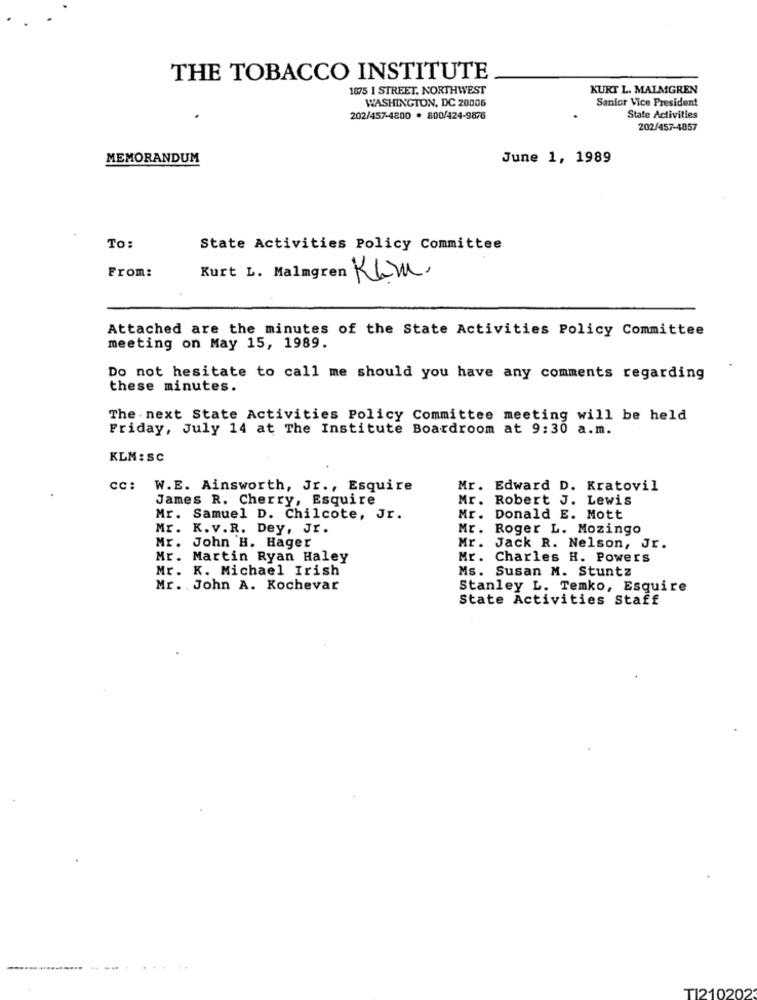
THE TOBACCO INSTITUTE
1875 1 STREET. NORTHWEST
KURT L. MALMGREN
WASHINGTON, DC 20005
Senior Vice President
202/457-4800 · 800/424-9878
State Activities
202/457-4857
MEMORANDUM
June 1, 1989
To:
State Activities Policy Committee
From:
Kurt L. Malmgren Kam.
Attached are the minutes of the State Activities Policy Committee
meeting on May 15, 1989.
Do not hesitate to call me should you have any comments regarding
these minutes.
The . next State Activities Policy Committee meeting will be held
Friday, July 14 at The Institute Boardroom at 9:30 a.m.
KLM : SC
CC:
W.E. Ainsworth, Jr ., Esquire
Mr. Edward D. Kratovil
James R. Cherry, Esquire
Mr. Robert J. Lewis
Mr. Samuel D. Chilcote, Jr.
Mr. Donald E. Mott
Mr. K.v.R. Dey, Jr.
Mr. Roger L. Mozingo
John H. Hager
Mr.
Mr. Jack R. Nelson, Jr.
Mr. Martin Ryan Haley
Mr. Charles H. Powers
Mr. K. Michael Irish
Ms. Susan M. Stuntz
Mr. John A. Kochevar
Stanley L. Temko, Esquire
State Activities Staff
...
TI210202